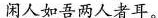
闲人如吾两人者耳。